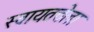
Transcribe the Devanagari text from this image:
स्वायतत्तेला